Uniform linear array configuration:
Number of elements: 12
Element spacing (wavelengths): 0.5
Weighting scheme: hann
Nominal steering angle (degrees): -60
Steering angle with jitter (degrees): -60.587
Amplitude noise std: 0.05
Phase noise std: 0.05

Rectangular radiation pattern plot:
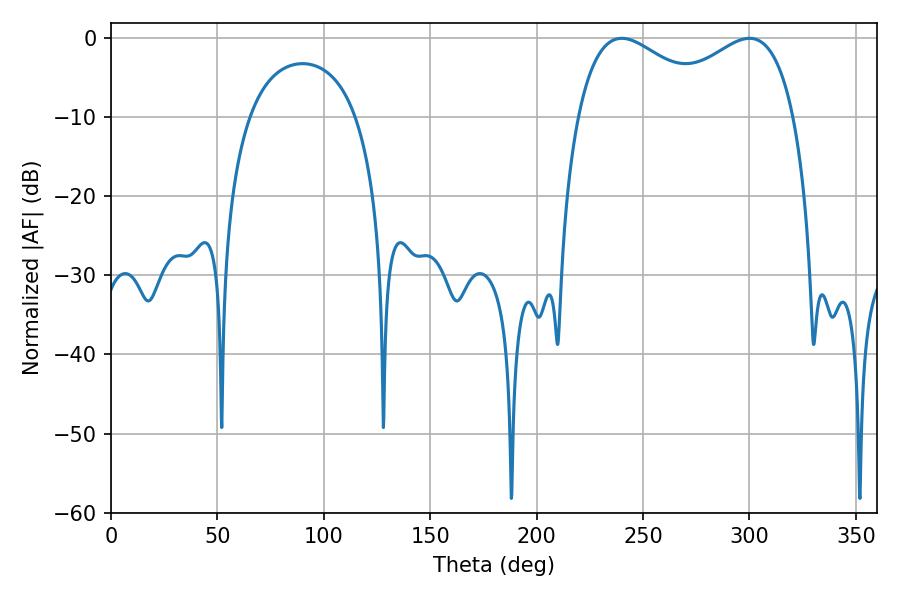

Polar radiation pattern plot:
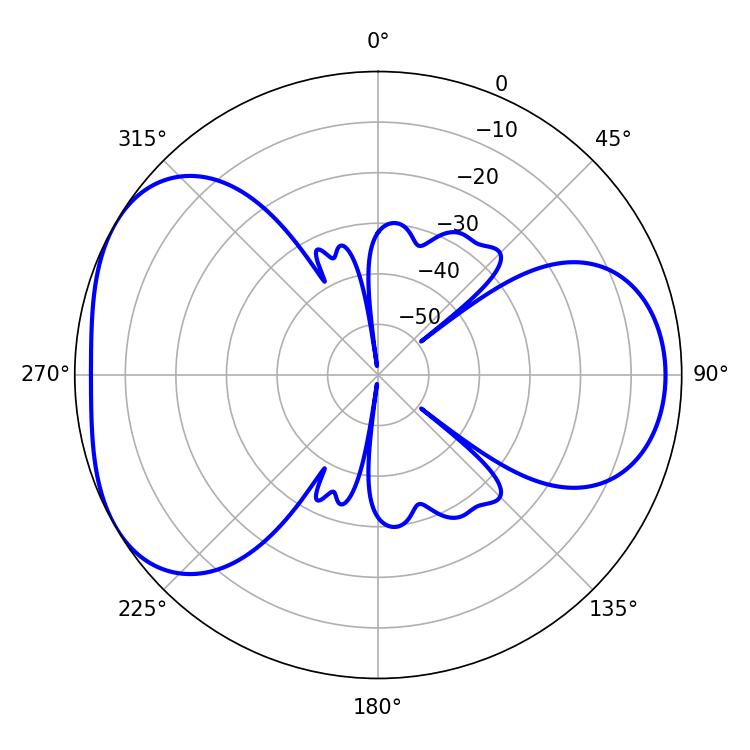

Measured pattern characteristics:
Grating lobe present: FALSE
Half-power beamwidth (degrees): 37.44
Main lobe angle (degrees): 239.94